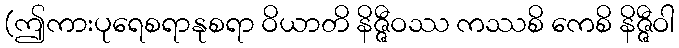
(ဤကားပုရေစရာနုစရာ ဝိယာတိ နိဇ္ဇီဝဿ ကဿစိ ကေစိ နိဇ္ဇီဝါ